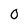
Character: 0